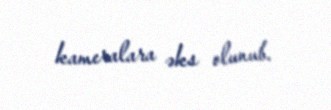
kameralara əks olunub.